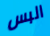
البس